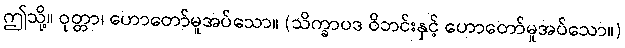
ဤသို့။ ဝုတ္တာ၊ ဟောတော်မူအပ်သော။ (သိက္ခာပဒ ဝိဘင်းနှင့် ဟောတော်မူအပ်သော။)